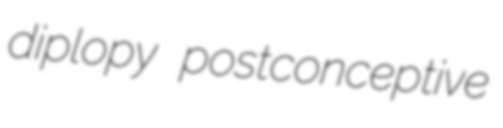
diplopy postconceptive